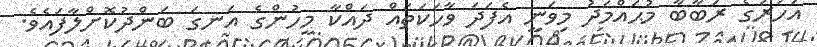
އަހަރުގެ ރަބާބާ މުޙައްމަދު މިވަނީ އެފަދަ ވާހަކަތައް ދައްކާ މީހުންގެ އަނގަ ބަންދުކޮށްލާފައެވެ.